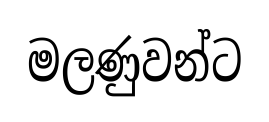
මලණුවන්ට